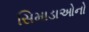
સિમાડાઓનો